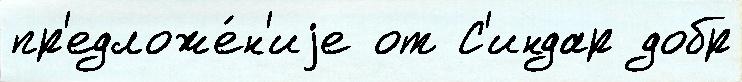
пр'едложе́н'иjе от С'индар добр